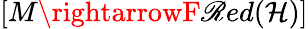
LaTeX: [M\rightarrowF\mathscr{R}ed({\mathcal{{H}}})]